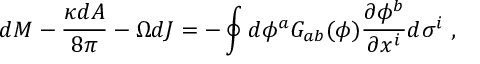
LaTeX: d M - { \frac { \kappa d A } { 8 \pi } } - \Omega d J = - \oint { d \phi ^ { a } G _ { a b } ( \phi ) { \frac { \partial \phi ^ { b } } { \partial x ^ { i } } } d \sigma ^ { i } } \ ,